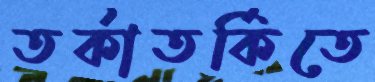
তর্কাতর্কিতে